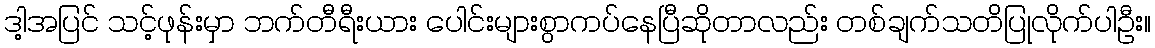
ဒါ့အပြင် သင့်ဖုန်းမှာ ဘက်တီရီးယား ပေါင်းများစွာကပ်နေပြီဆိုတာလည်း တစ်ချက်သတိပြုလိုက်ပါဦး။